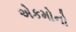
એકમોનો